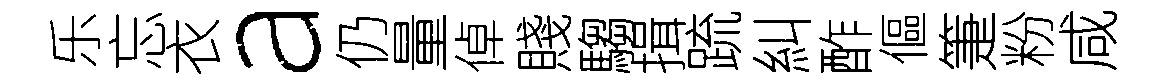
乐忘衣a仍量倬賤騶揖䟽糾酢傴箑粉咸